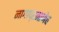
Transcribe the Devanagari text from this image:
नागाप्रमाणेच